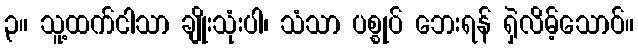
၃။ သူ့ထက်ငါသာ ချိုးသုံးပါ၊ သံသာ ပစ္စုပ် ဘေးရန် ရှဲလိမ့်သောဝ်။